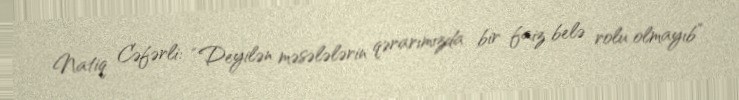
Natiq Cəfərli: “Deyilən məsələlərin qərarımızda bir faiz belə rolu olmayıb”